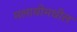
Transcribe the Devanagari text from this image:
मलावीमधील